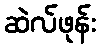
ဆဲလ်ဖုန်း